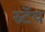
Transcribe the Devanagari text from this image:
स्र्टॅप